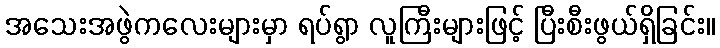
အသေးအဖွဲကလေးများမှာ ရပ်ရွာ လူကြီးများဖြင့် ပြီးစီးဖွယ်ရှိခြင်း။